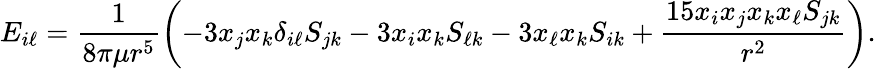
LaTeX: E_{i\ell}=\frac{1}{8\pi\mu r^{5}}\left(-3x_{j}x_{k}\delta_{i\ell}S_{jk}-3x_{i}x_{k}S_{\ell k}-3x_{\ell}x_{k}S_{ik}+\frac{15x_{i}x_{j}x_{k}x_{\ell}S_{jk}}{r^{2}}\right).